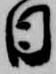
日